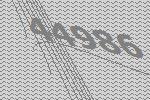
44986